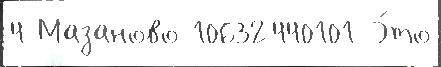
4 Мазаново 10632440101 Э́то